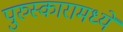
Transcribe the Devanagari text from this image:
पुरुस्कारामध्ये